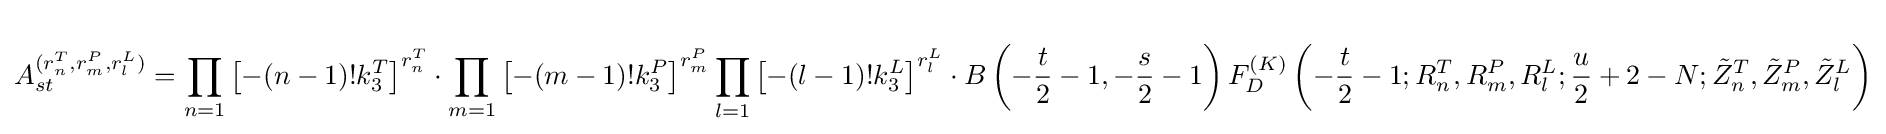
A_{st}^{(r_{n}^{T},r_{m}^{P},r_{l}^{L})}=\prod _{n=1}\left[-(n-1)!k_{3}^{T}\right]^{r_{n}^{T}}\cdot \prod _{m=1}\left[-(m-1)!k_{3}^{P}\right]^{r_{m}^{P}}\prod _{l=1}\left[-(l-1)!k_{3}^{L}\right]^{r_{l}^{L}}\cdot B\left(-{\frac {t}{2}}-1,-{\frac {s}{2}}-1\right)F_{D}^{(K)}\left(-{\frac {t}{2}}-1;R_{n}^{T},R_{m}^{P},R_{l}^{L};{\frac {u}{2}}+2-N;{\tilde {Z}}_{n}^{T},{\tilde {Z}}_{m}^{P},{\tilde {Z}}_{l}^{L}\right)